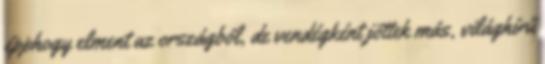
épphogy elment az országból, de vendégként jöttek más, világhírű